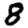
Digit: 8